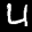
Label: 4